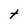
Character: t